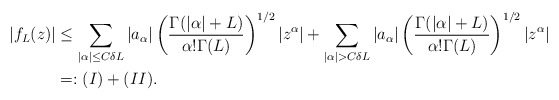
\begin{align*}|f_L(z)|&\leq \sum_{|\alpha|\leq C\delta L}|a_{\alpha}|\left(\frac{\Gamma(|\alpha|+L)}{\alpha!\Gamma(L)}\right)^{1/2}|z^{\alpha}|+\sum_{|\alpha|>C\delta L}|a_{\alpha}|\left(\frac{\Gamma(|\alpha|+L)}{\alpha!\Gamma(L)}\right)^{1/2}|z^{\alpha}|\\&=:(I)+(II).\end{align*}